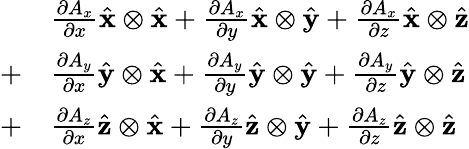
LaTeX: {\begin{array}{rl}{}&{{\frac{\partial A_{x}}{\partial x}}{\hat{\mathbf{x}}}\otimes{\hat{\mathbf{x}}}+{\frac{\partial A_{x}}{\partial y}}{\hat{\mathbf{x}}}\otimes{\hat{\mathbf{y}}}+{\frac{\partial A_{x}}{\partial z}}{\hat{\mathbf{x}}}\otimes{\hat{\mathbf{z}}}}\\ {+}&{{\frac{\partial A_{y}}{\partial x}}{\hat{\mathbf{y}}}\otimes{\hat{\mathbf{x}}}+{\frac{\partial A_{y}}{\partial y}}{\hat{\mathbf{y}}}\otimes{\hat{\mathbf{y}}}+{\frac{\partial A_{y}}{\partial z}}{\hat{\mathbf{y}}}\otimes{\hat{\mathbf{z}}}}\\ {+}&{{\frac{\partial A_{z}}{\partial x}}{\hat{\mathbf{z}}}\otimes{\hat{\mathbf{x}}}+{\frac{\partial A_{z}}{\partial y}}{\hat{\mathbf{z}}}\otimes{\hat{\mathbf{y}}}+{\frac{\partial A_{z}}{\partial z}}{\hat{\mathbf{z}}}\otimes{\hat{\mathbf{z}}}}\end{array}}